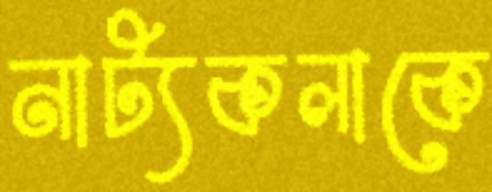
নাট্যকলাকে